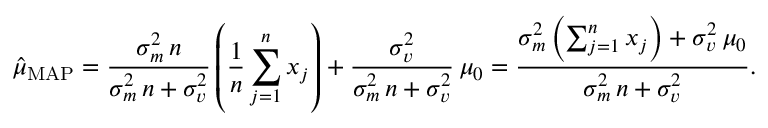
{ \hat { \mu } } _ { \mathrm { M A P } } = { \frac { \sigma _ { m } ^ { 2 } \, n } { \sigma _ { m } ^ { 2 } \, n + \sigma _ { v } ^ { 2 } } } \left( { \frac { 1 } { n } } \sum _ { j = 1 } ^ { n } x _ { j } \right) + { \frac { \sigma _ { v } ^ { 2 } } { \sigma _ { m } ^ { 2 } \, n + \sigma _ { v } ^ { 2 } } } \, \mu _ { 0 } = { \frac { \sigma _ { m } ^ { 2 } \left( \sum _ { j = 1 } ^ { n } x _ { j } \right) + \sigma _ { v } ^ { 2 } \, \mu _ { 0 } } { \sigma _ { m } ^ { 2 } \, n + \sigma _ { v } ^ { 2 } } } .